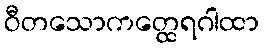
ဝီတသောကတ္ထေရဂါထာ